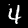
Label: 4